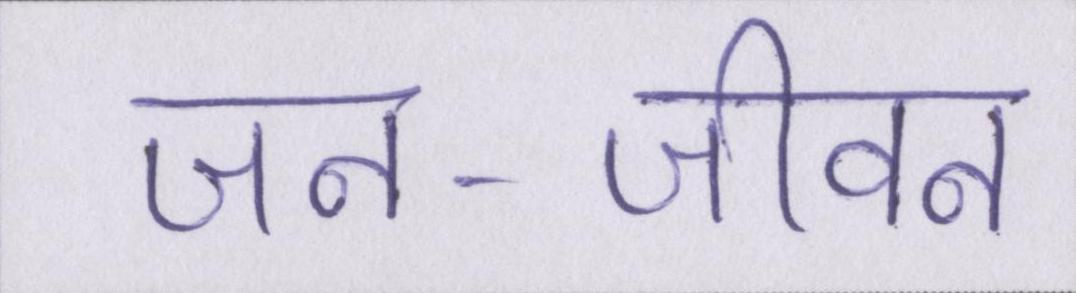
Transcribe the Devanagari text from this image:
जन-जीवन